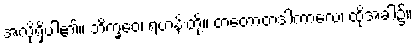
အလိုရှိပါ၏။ ဘိက္ခဝေ၊ ရဟန်းတို့။ တတောတဒါကာလေ၊ ထိုအခါ၌။